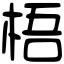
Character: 梧